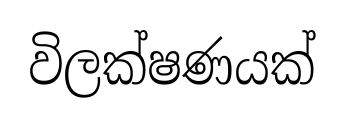
විලක්ෂණයක්